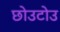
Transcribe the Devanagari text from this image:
छोउटोउ